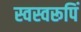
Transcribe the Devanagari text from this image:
स्वस्वरूपिं